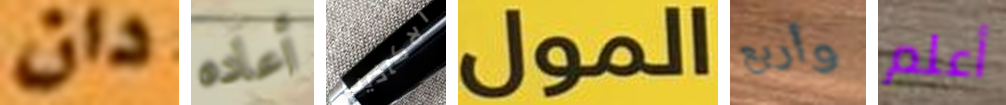
دان أعاده الاكاذيب المول وأربع أعلم